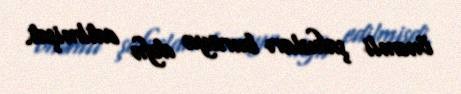
önəmli şahısları buraya dəfn edilmişdi.